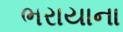
ભરાયાના